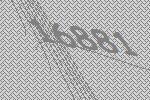
16881